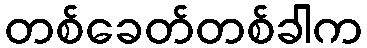
တစ်ခေတ်တစ်ခါက